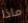
ماذا